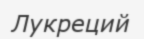
Лукреций